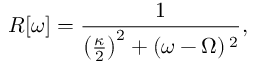
R [ \omega ] = \frac { 1 } { \left( \frac { \kappa } { 2 } \right) ^ { 2 } + \left( \omega - \Omega \right) { } ^ { 2 } } ,